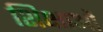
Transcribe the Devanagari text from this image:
शिक्षाआें